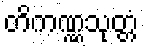
တိကဏ္ဏသုတ္တံ